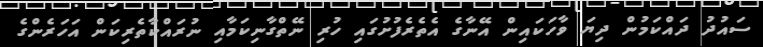
ސައުދު ދައްކަމުން ދިޔަ ވާހަކައިން އޭނާގެ އެތެރެފުށުގައި ހުރި ނޭތްގާނިކަމާއި ނުރައްކާތެރިކަން އަހަރެންގެ